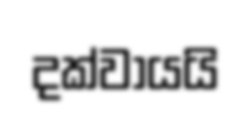
දක්වායයි